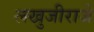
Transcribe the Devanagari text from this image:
लखुजीराजे